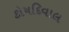
કોષદિવાલ